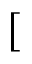
[